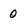
Character: 0